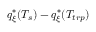
q _ { \xi } ^ { * } ( T _ { s } ) - q _ { \xi } ^ { * } ( T _ { t r p } )